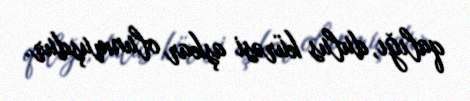
qalığı, dulus kürəsi aşkar olunmuşdur.